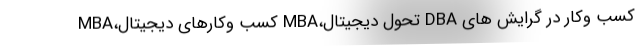
کسب وکار در گرایش های DBA تحول دیجیتال،MBA کسب وکارهای دیجیتال،MBA